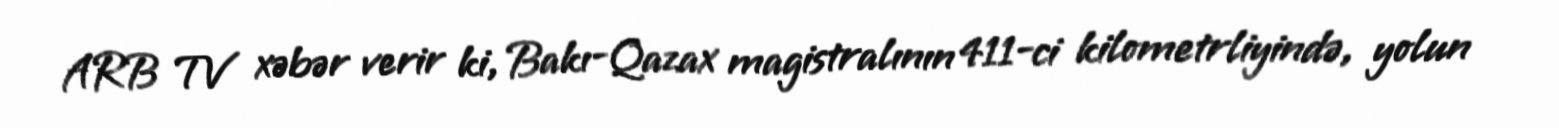
ARB TV xəbər verir ki, Bakı-Qazax magistralının 411-ci kilometrliyində, yolun